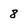
Character: 8